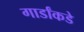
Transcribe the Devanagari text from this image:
गार्डांकडे